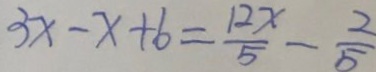
3 x - x + 6 = \frac { 1 2 x } { 5 } - \frac { 2 } { 5 }